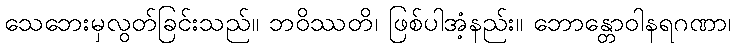
သေဘေးမှလွတ်ခြင်းသည်။ ဘဝိဿတိ၊ ဖြစ်ပါအံ့နည်း။ ဘောန္တောဝါနရဂဏာ၊